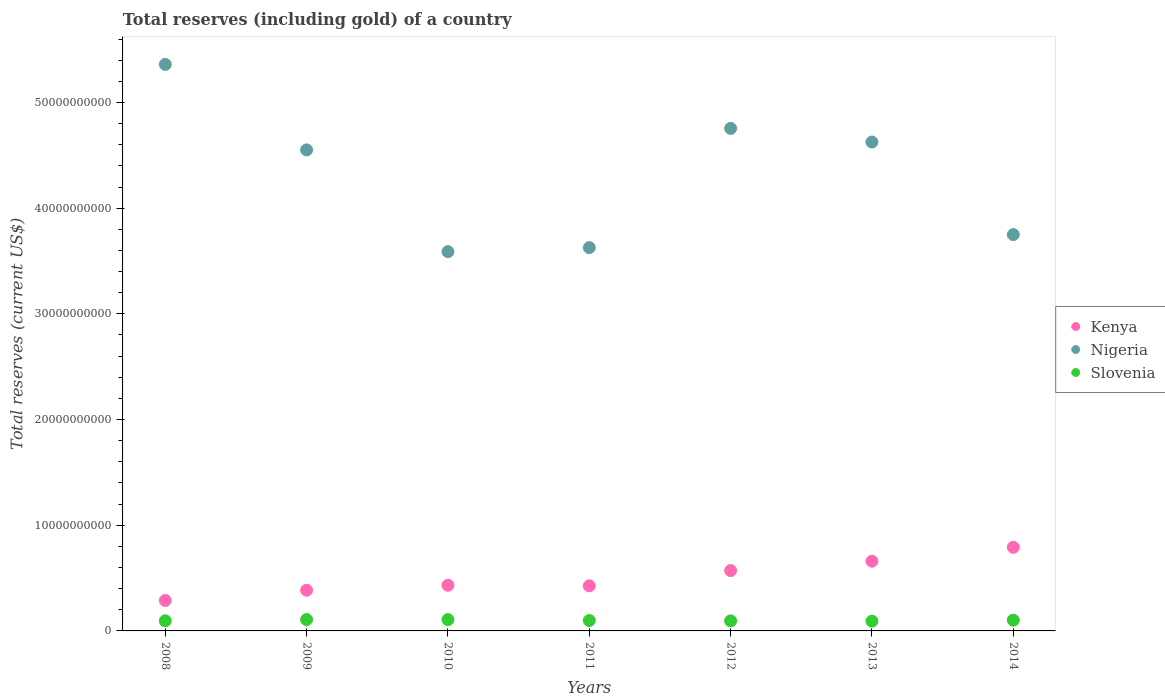
| Years | Kenya | Nigeria | Slovenia |
 | --- | --- | --- | --- |
 | 2008 | 2.88e+09 | 5.36e+10 | 9.58e+08 |
 | 2009 | 3.85e+09 | 4.55e+10 | 1.08e+09 |
 | 2010 | 4.32e+09 | 3.59e+10 | 1.07e+09 |
 | 2011 | 4.27e+09 | 3.63e+10 | 9.87e+08 |
 | 2012 | 5.71e+09 | 4.75e+10 | 9.52e+08 |
 | 2013 | 6.6e+09 | 4.63e+10 | 9.22e+08 |
 | 2014 | 7.91e+09 | 3.75e+10 | 1.02e+09 |